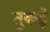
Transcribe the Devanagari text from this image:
तुकड़े